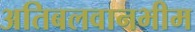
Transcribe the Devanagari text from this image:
अतिबलवानभीम